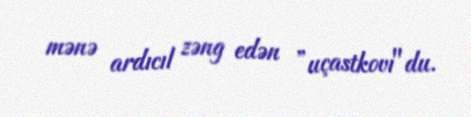
mənə ardıcıl zəng edən ”uçastkovı"du.